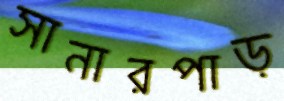
সানারপাড়